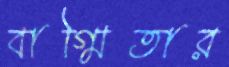
বাগ্মিতার